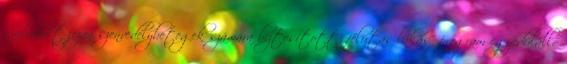
szabadult józan szenvedélybetegek számára biztosított „félutas lakás” program egyedülálló